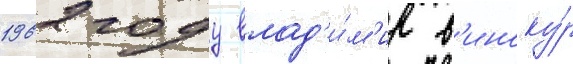
1962 году влад'и́м'ир в'иноку́р